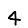
Digit: 4